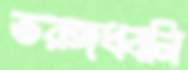
তরঙ্গধ্বনি